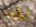
لقد